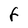
Character: F